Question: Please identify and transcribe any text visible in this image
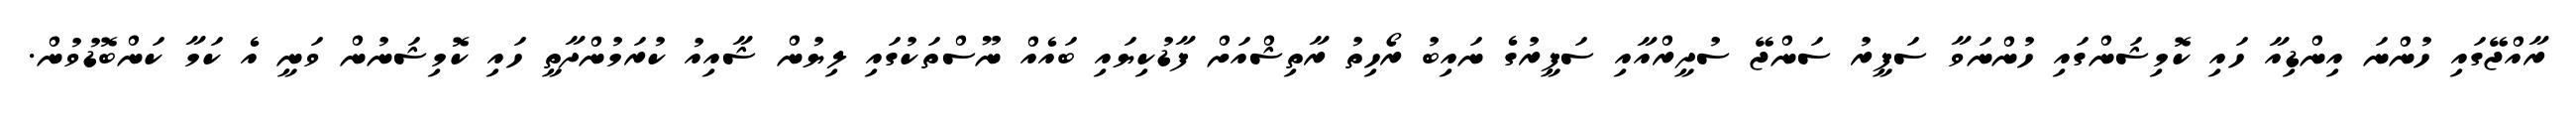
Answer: ރާއްޖޭގައި ހުންނަ އިންޑިއާ ހައި ކޮމިޝަންގައި ހުންނަވާ ސަފީރު ސަންޖޭ ސުދީރްއާއި ސަފީރުގެ ނައިބު ރޯހިތު ރާތިޝްއަށް ފާޑުކިޔައި ބައެއް ނޫސްތަކުގައި ލިޔުން ޝާއިއު ކުރަމުންދާތީ ހައި ކޮމިޝަނުން ވަނީ އެ ކަމާ ކަންބޮޑުވުން.